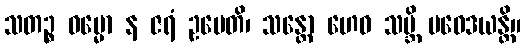
သတဉ္စ ဓမ္မော န ဇရံ ဥပေတိ၊ သန္တော ဟေဝ သဗ္ဘိ ပဝေဒယန္တိ။